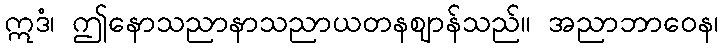
ဣဒံ၊ ဤနောသညာနာသညာယတနဈာန်သည်။ အညာဘာဝေန၊